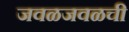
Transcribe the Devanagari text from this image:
जवळजवळची